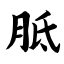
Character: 胝